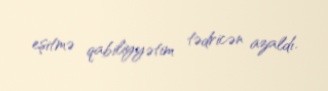
eşitmə qabiliyyətim tədricən azaldı.